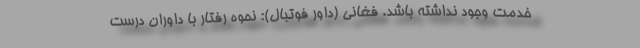
خدمت وجود نداشته باشد. فغانی (داور فوتبال): نحوه رفتار با داوران درست